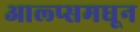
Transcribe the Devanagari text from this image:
आल्प्समधून